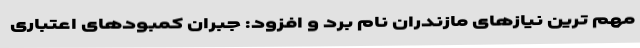
مهم ترین نیازهای مازندران نام برد و افزود: جبران کمبودهای اعتباری